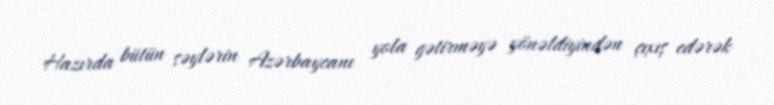
Hazırda bütün səylərin Azərbaycanı yola gətirməyə yönəldiyindən çıxış edərək